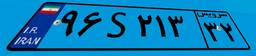
۹۶S۲۱۳۳۲